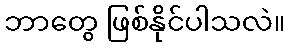
ဘာတွေ ဖြစ်နိုင်ပါသလဲ။